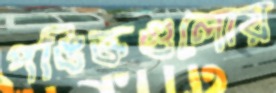
পঙিক্তগুলোয়